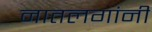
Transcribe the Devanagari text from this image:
नातलगांनी